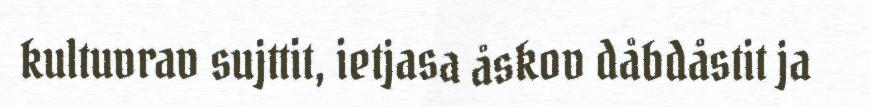
kultuvrav sujttit, ietjasa åskov dåbdåstit ja